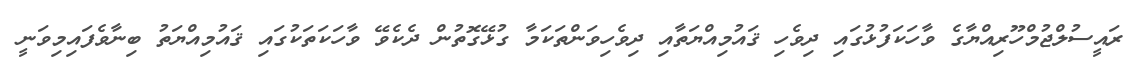
ރައީސުލްޖުމްހޫރިއްޔާގެ ވާހަކަފުޅުގައި ދިވެހި ޤައުމިއްޔަތާއި ދިވެހިވަންތަކަމާ ގުޅޭގޮތުން ދެކެވޭ ވާހަކަތަކުގައި ޤައުމިއްޔަތު ބިނާވެފައިމިވަނީ